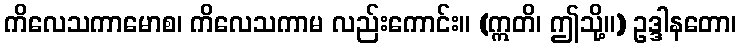
ကိလေသကာမောစ၊ ကိလေသကာမ လည်းကောင်း။ (ဣတိ၊ ဤသို့။) ဥဒ္ဒါနတော၊